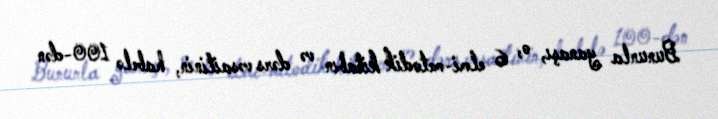
Bununla yanaşı, o, 6 elmi-metodik kitabın və dərs vəsaitinin, habelə 100-dən